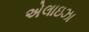
એલાઇઝા